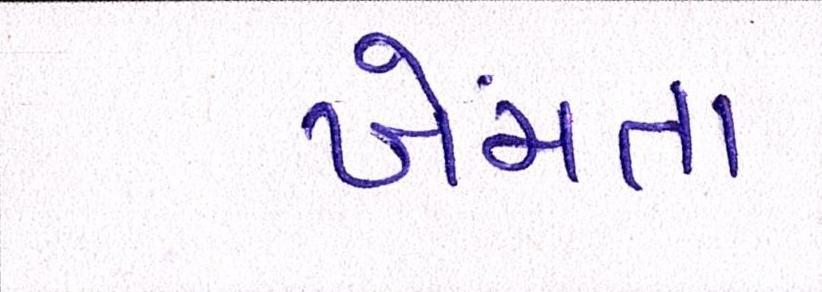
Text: ખેંચતા